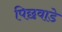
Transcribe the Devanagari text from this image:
पिछवाडे